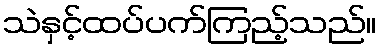
သဲနှင့်ထပ်ပက်ကြည့်သည်။